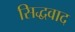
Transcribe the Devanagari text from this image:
सिद्धवाद